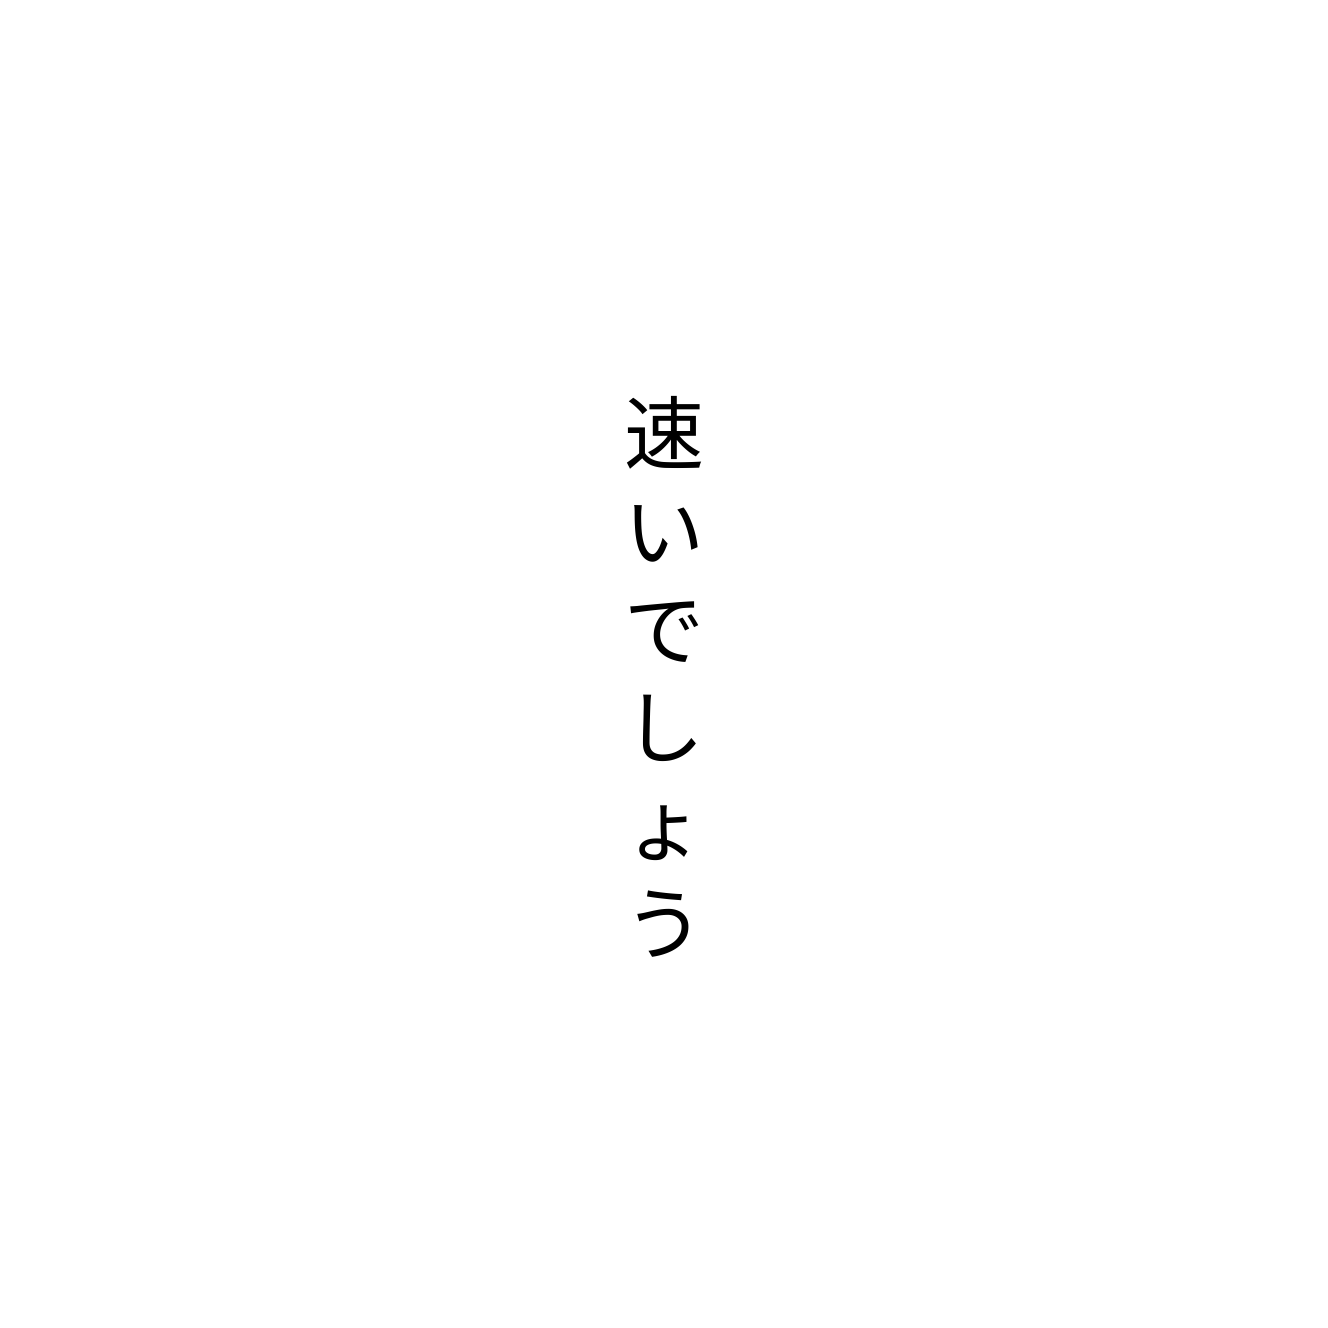
速いでしょう